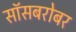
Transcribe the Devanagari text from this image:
सॉसबरोबर